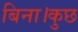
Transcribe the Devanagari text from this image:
बिना।कुछ